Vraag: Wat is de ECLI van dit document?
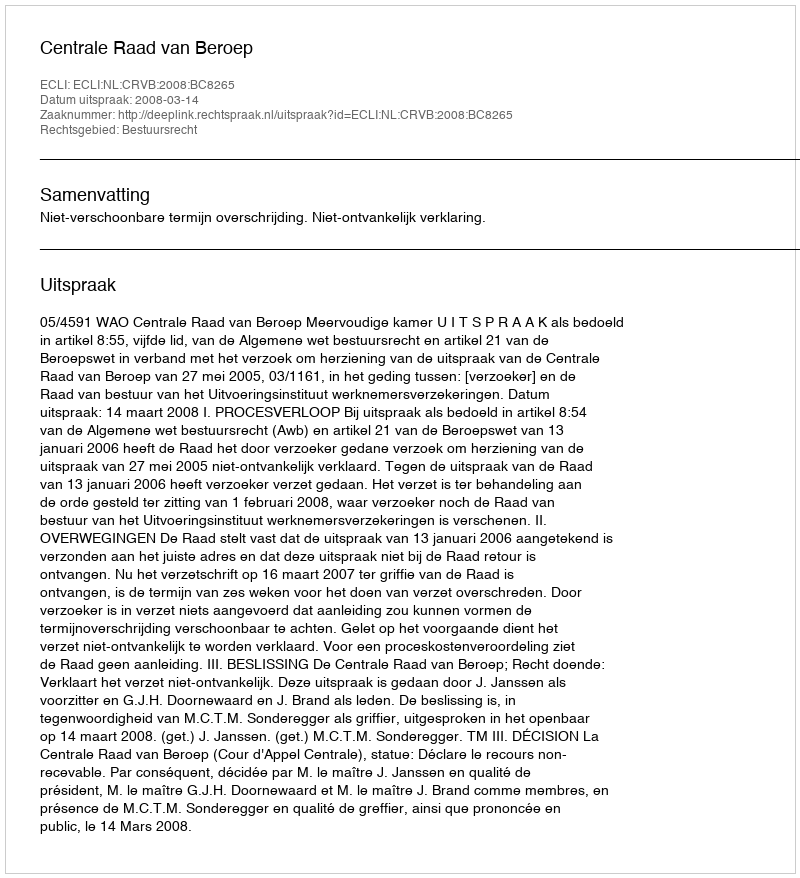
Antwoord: ECLI:NL:CRVB:2008:BC8265